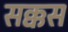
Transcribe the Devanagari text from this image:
सक्कस